Scottish Certificate of Education, 1962
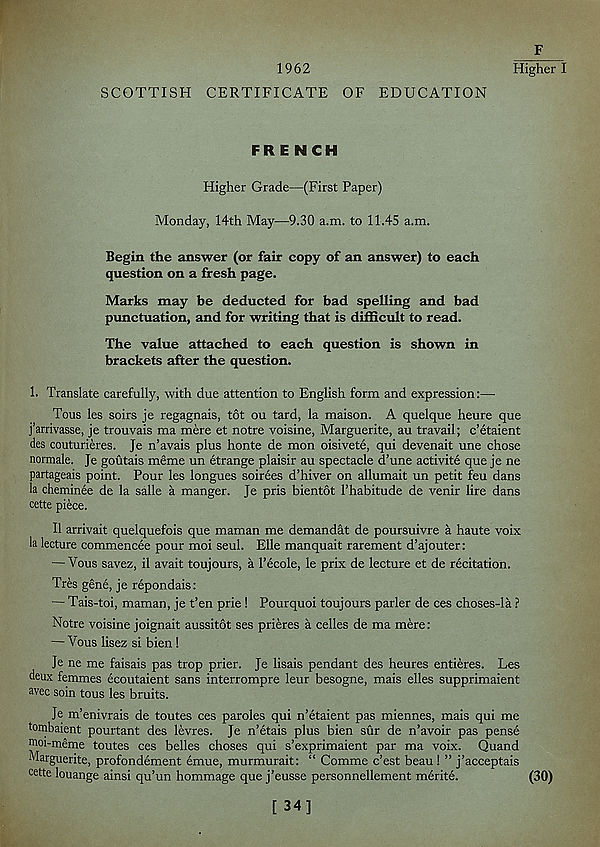
1962
SCOTTISH CERTIFICATE OF EDUCATION
F
Higher I
FRENCH
Higher Grade—(First Paper)
Monday, 14th May—9.30 a.m. to 11.45 a.m.
Begin the answer (or fair copy of an answer) to each
question on a fresh page.
Marks may be deducted for bad spelling and bad
punctuation, and for writing that is difficult to read.
The value attached to each question is shown in
brackets after the question.
1. Translate carefully, with due attention to English form and expression:—
Tons les soirs je regagnais, tot ou tard, la maison. A quelque heure que
j’arrivasse, je trouvais ma mere et notre voisine, Marguerite, au travail; c’etaient
des couturieres. Je n’avais plus honte de mon oisivete, qui devenait une chose
normale. Je goutais meme un etrange plaisir au spectacle d’une activite que je ne
partageais point. Pour les longues soirees d’hiver on allumait un petit feu dans
la cheminee de la salle a manger. Je pris bientot I’habitude de venir lire dans
cette piece.
II arrivait quelquefois que maman me demandat de poursuivre a haute voix
la lecture commencee pour moi seul. Elle manquait rarement d’ajouter:
— Vous savez, il avait toujours, a 1’ecole, le prix de lecture et de recitation.
Tres gene, je repondais:
— Tais-toi, maman, je t’en prie ! Pourquoi toujours parler de ces choses-la ?
Notre voisine joignait aussitot ses prieres a cedes de ma mere:
— Vous lisez si bien !
Je ne me faisais pas trop prier. Je lisais pendant des heures entieres. Les
deux femmes ecoutaient sans interrompre leur besogne, mais dies supprimaient
avec soin tous les bruits.
Je m’enivrais de toutes ces paroles qui n’etaient pas miennes, mais qui me
tombaient pourtant des levres. Je n’etais plus bien sur de n’avoir pas pense
moi-meme toutes ces belles choses qui s’exprimaient par ma voix. Quand
Marguerite, profondement emue, murmurait: “ Comme c’est beau ! ” j’acceptais
cette louange ainsi qu’un hommage que j’eusse personnellement merite.
(30)
[ 34]